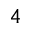
4